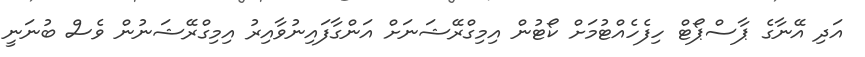
އަދި އޭނާގެ ޕާސްޕޯޓް ހިފެހެއްޓުމަށް ކޯޓުން އިމިގްރޭޝަނަށް އަންގާފައިނުވާއިރު އިމިގްރޭޝަނުން ވެސް ބުނަނީ